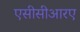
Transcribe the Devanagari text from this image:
एसीसीआरए